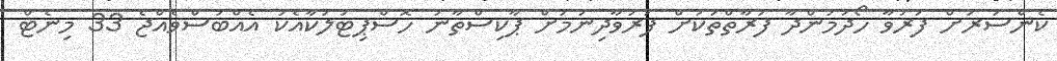
ކެންސަރަށް ފަރުވާ ހޯދަމުންދާ ފަރާތްތަކަށް ފަރުވާދިނުމަށް ޕާކިސްތާނު ހޮސްޕިޓަލަކާއެކު އެއްބަސްވެއްޖެ 33 މިނެޓް